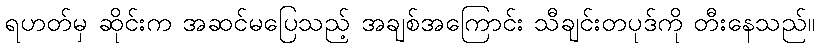
ရဟတ်မှ ဆိုင်းက အဆင်မပြေသည့် အချစ်အကြောင်း သီချင်းတပုဒ်ကို တီးနေသည်။